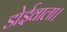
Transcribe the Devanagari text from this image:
डोईवाला।